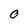
Character: 0